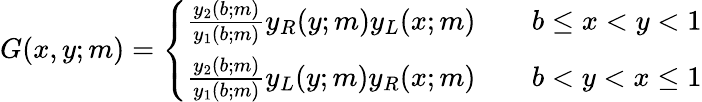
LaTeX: \begin{array}{r}{G(x,y;m)=\left\{ \begin{array}{ll}{\frac{y_{2}(b;m)}{y_{1}(b;m)}y_{R}(y;m)y_{L}(x;m)}&{\quad b\leq x<y<1}\\ {\frac{y_{2}(b;m)}{y_{1}(b;m)}y_{L}(y;m)y_{R}(x;m)}&{\quad b<y<x\leq 1}\end{array}\right.}\end{array}